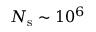
N _ { \mathrm { s } } \sim 1 0 ^ { 6 }